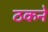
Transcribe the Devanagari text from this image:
ठकने